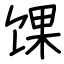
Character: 馃